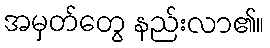
အမှတ်တွေ နည်းလာ၏။